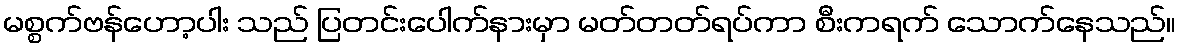
မစ္စက်ဗန်ဟော့ပါး သည် ပြတင်းပေါက်နားမှာ မတ်တတ်ရပ်ကာ စီးကရက် သောက်နေသည်။